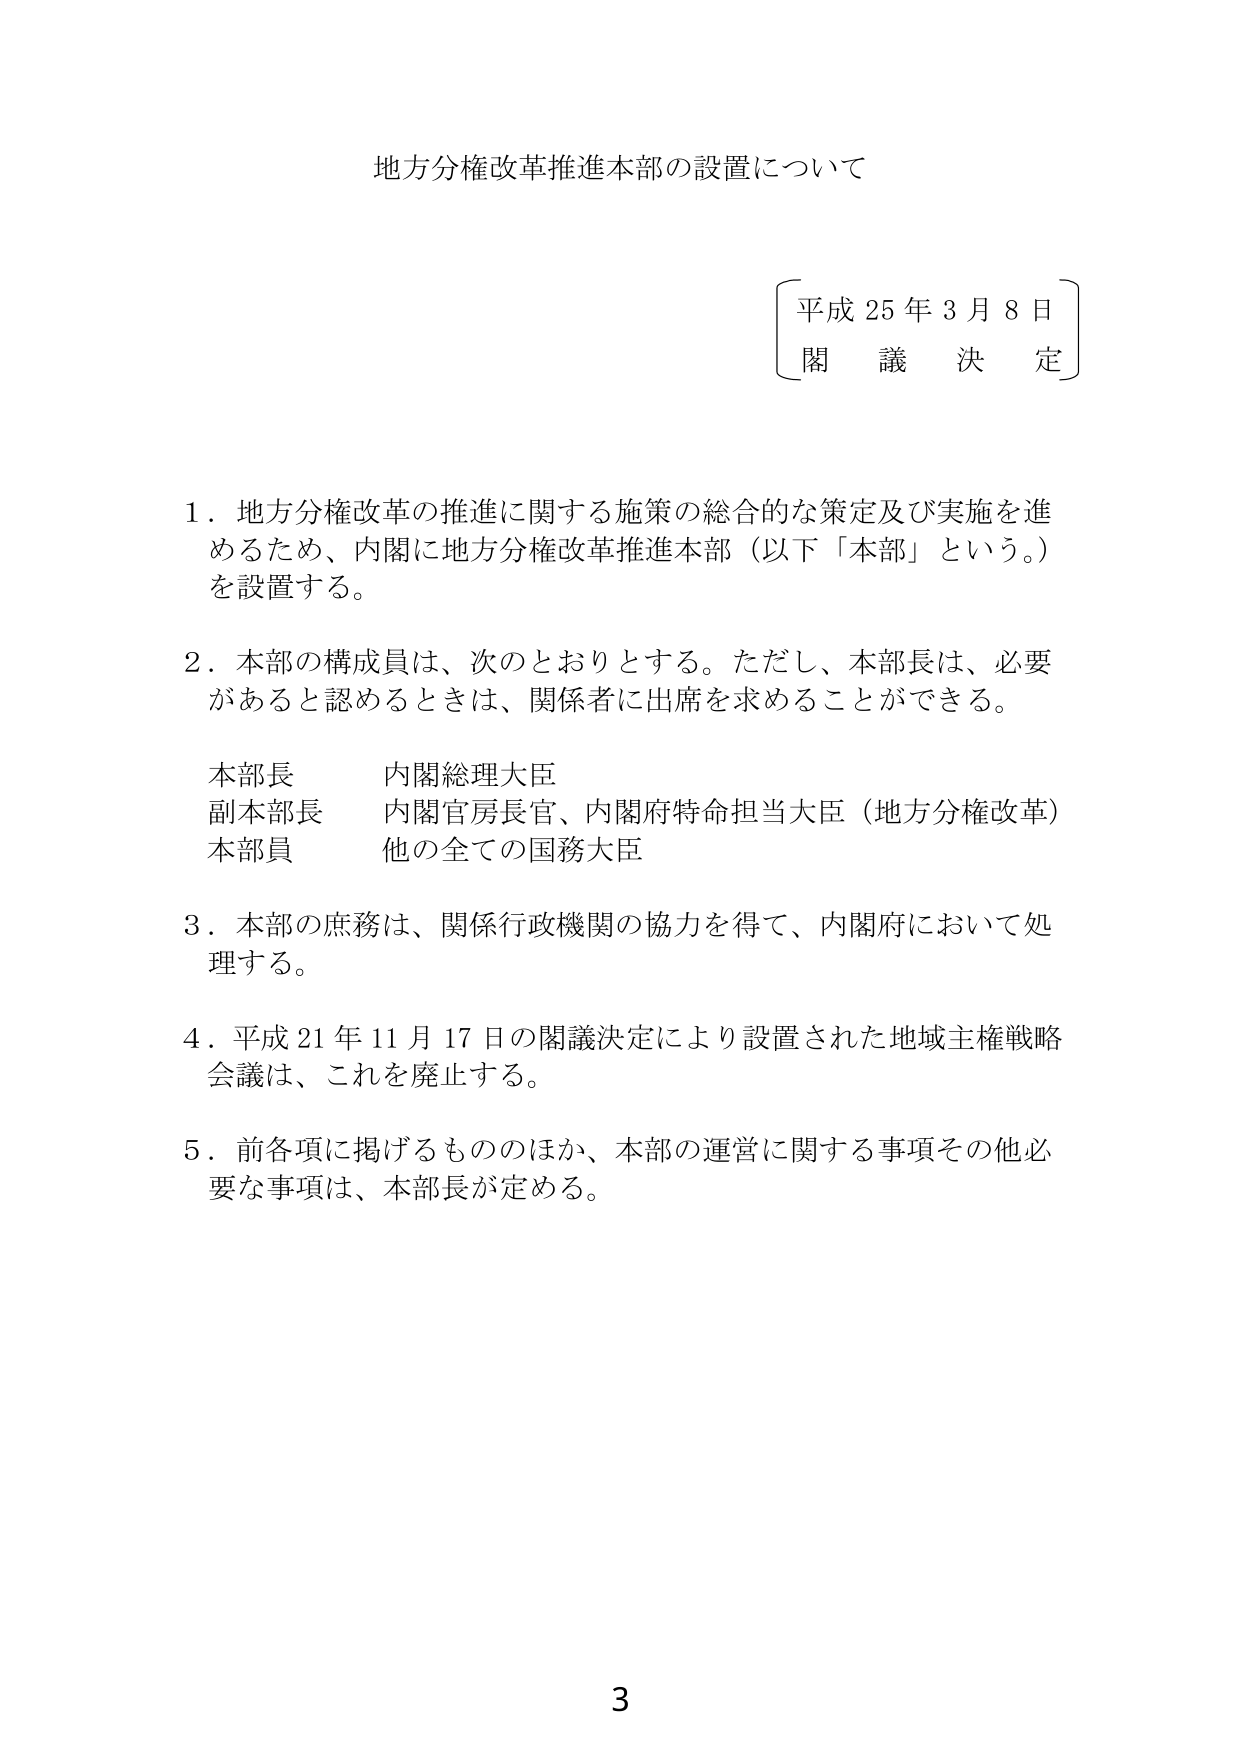
地方分権改革推進本部の設置について

平成25年3月8日
閣議決定

1．地方分権改革の推進に関する施策の総合的な策定及び実施を進めるため、内閣に地方分権改革推進本部（以下「本部」という。）を設置する。

2．本部の構成員は、次のとおりとする。ただし、本部長は、必要があると認めるときは、関係者に出席を求めることができる。

本部長　内閣総理大臣
副本部長　内閣官房長官、内閣府特命担当大臣（地方分権改革）
本部員　他の全ての国務大臣

3．本部の庶務は、関係行政機関の協力を得て、内閣府において処理する。

4．平成21年11月17日の閣議決定により設置された地域主権戦略会議は、これを廃止する。

5．前各項に掲げるもののほか、本部の運営に関する事項その他必要な事項は、本部長が定める。

3